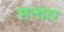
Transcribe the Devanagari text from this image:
मन्यार